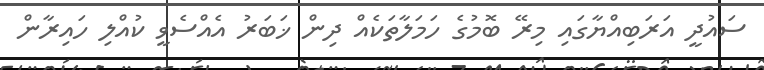
ސައުދީ އަރަބިއްޔާގައި މިރޭ ބޮމުގެ ހަމަލާތަކެއް ދިން ޚަބަރު އެއްސެވީ ކުއްލި ހައިރާން